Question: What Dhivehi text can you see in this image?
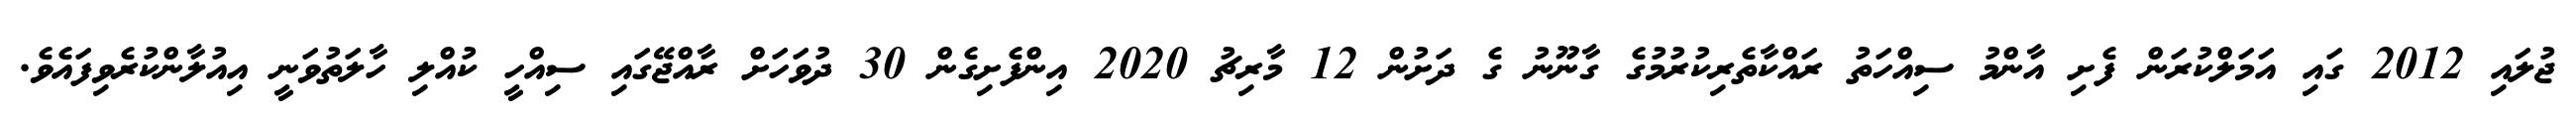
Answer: ޖުލައި 2012 ގައި އަމަލްކުރަން ފެށި އާންމު ސިއްހަތު ރައްކާތެރިކުރުމުގެ ގާނޫނު ގެ ދަށުން 12 މާރިޗު 2020 އިންފެށިގެން 30 ދުވަހަށް ރާއްޖޭގައި ސިއްހީ ކުއްލި ހާލަތުވަނީ އިއުލާންކުރެވިފައެވެ.